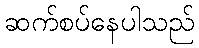
ဆက်စပ်နေပါသည်